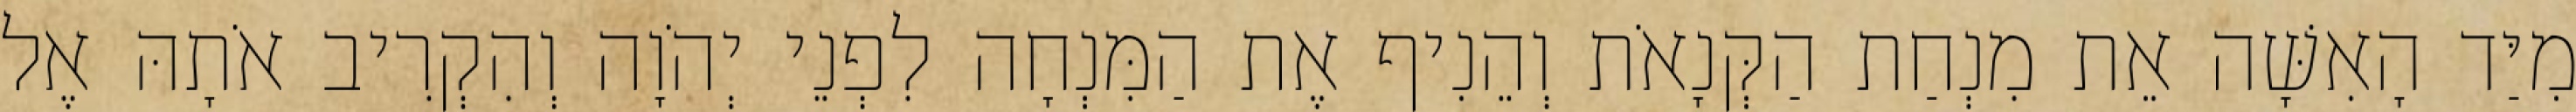
מִיַּד הָאִשָּׁה אֵת מִנְחַת הַקְּנָאֹת וְהֵנִיף אֶת הַמִּנְחָה לִפְנֵי יְהֹוָה וְהִקְרִיב אֹתָהּ אֶל